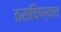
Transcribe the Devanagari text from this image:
ठसविण्यात